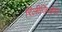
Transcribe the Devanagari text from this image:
रिलीजिओसा